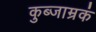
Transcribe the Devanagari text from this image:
कुब्जाम्रकं